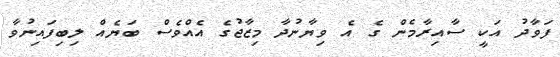
ފަވާދު އަކީ ސާއިރާމެން ގެ އެ ވިޔާނުދާ މިޒާޖުގެ އެއްވެސް ބަޔެއް ލިބިފައިނުވާ